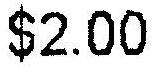
$2.00